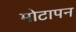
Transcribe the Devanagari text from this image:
मोटापन